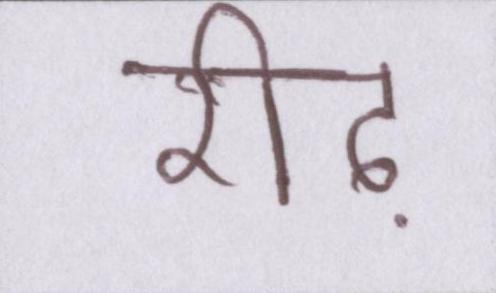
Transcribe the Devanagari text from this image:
रीढ़